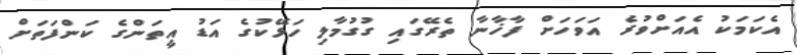
އެކަމަކު އެއަށްވުރެ އަވަހަށް ފާޚާނާ ތެރޭގައި ގުގުމާލި ހަޅޭކުގެ އަޑު އީތަންގެ ކަންފަތަށް